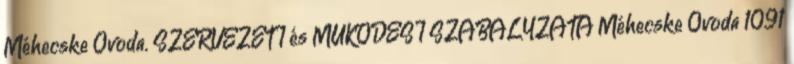
Méhecske Óvoda. SZERVEZETI és MŰKÖDÉSI SZABÁLYZATA Méhecske Óvoda 1091